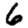
Digit: 6